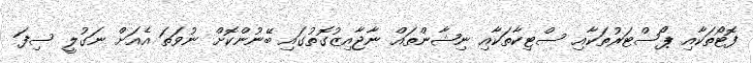
ފޮޓޯތަކާއި ޕޯސްޓަރުތަކާއި ސްޓިކާތަކާއި ނިޝާންތައް ނާޖާއިޒުގޮތުގައި ބޭނުންކޮށް ނުވަތަ އެއަށް ނަގުލީ ސިފަ